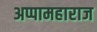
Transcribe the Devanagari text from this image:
अप्पामहाराज